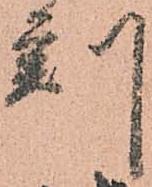
刻